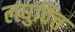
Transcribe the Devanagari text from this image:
लघुवित्त